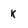
Character: k